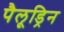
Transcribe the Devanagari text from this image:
पैलूड्रिन